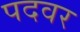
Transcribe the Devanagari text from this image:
पदवर